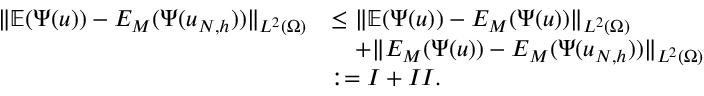
\begin{array} { r l } { \| \mathbb { E } ( \Psi ( u ) ) - E _ { M } ( \Psi ( u _ { N , h } ) ) \| _ { L ^ { 2 } ( \Omega ) } } & { \le \| \mathbb { E } ( \Psi ( u ) ) - E _ { M } ( \Psi ( u ) ) \| _ { L ^ { 2 } ( \Omega ) } } \\ & { \quad + \| E _ { M } ( \Psi ( u ) ) - E _ { M } ( \Psi ( u _ { N , h } ) ) \| _ { L ^ { 2 } ( \Omega ) } } \\ & { : = I + I I . } \end{array}